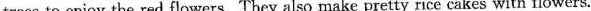
trees to enjoy the red flowers. They also make pretty rice cakes with flowers.